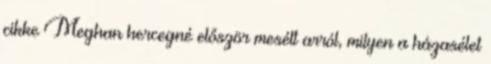
cikke Meghan hercegné először mesélt arról, milyen a házasélet